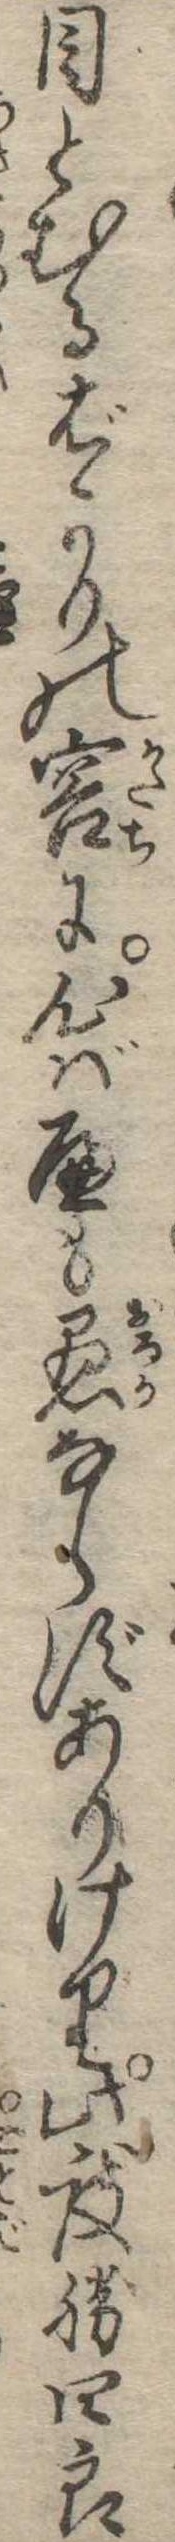
目とむるばかりの容に心ばへも愚ならずありけり此度勝四郎